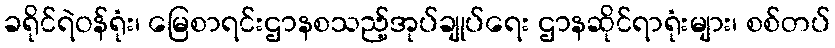
ခရိုင်ရဲဝန်ရုံး၊ မြေစာရင်းဌာနစသည့်အုပ်ချုပ်ရေး ဌာနဆိုင်ရာရုံးများ၊ စစ်တပ်